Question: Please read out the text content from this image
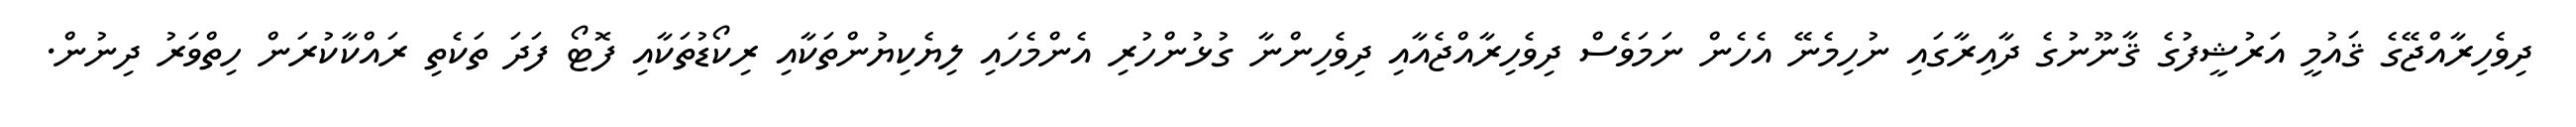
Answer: ދިވެހިރާއްޖޭގެ ޤައުމީ އަރުޝީފުގެ ޤާނޫނުގެ ދާއިރާގައި ނުހިމެނޭ އެހެން ނަމަވެސް ދިވެހިރާއްޖެއާއި ދިވެހިންނާ ގުޅުންހުރި އެންމެހައި ލިޔެކިޔުންތަކާއި ރިކޯޑުތަކާއި ފޮޓޯ ފަދަ ތަކެތި ރައްކާކުރަން ހިތްވަރު ދިނުން.